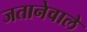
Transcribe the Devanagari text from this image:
जतानेवाले